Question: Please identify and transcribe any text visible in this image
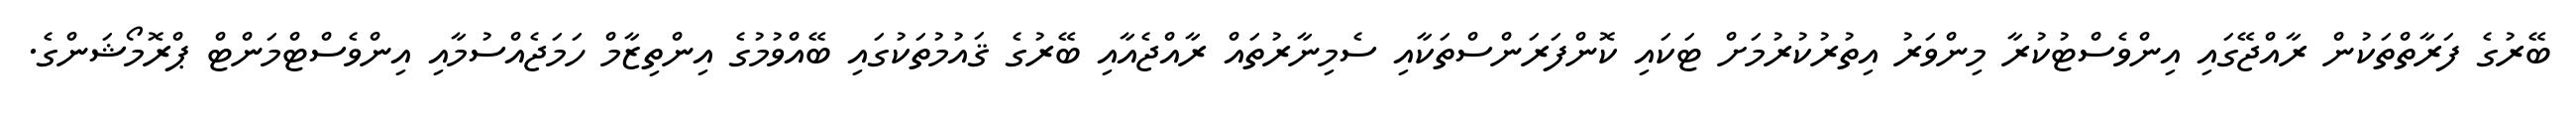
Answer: ބޭރުގެ ފަރާތްތަކުން ރާއްޖޭގައި އިންވެސްޓުކުރާ މިންވަރު އިތުރުކުރުމަށް ޓަކައި ކޮންފަރަންސްތަކާއި ސެމިނާރުތައް ރާއްޖެއާއި ބޭރުގެ ޤައުމުތަކުގައި ބޭއްވުމުގެ އިންތިޒާމް ހަމަޖެއްސުމާއި އިންވެސްޓްމަންޓް ޕްރޮމޯޝަންގެ.